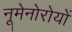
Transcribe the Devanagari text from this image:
नूमेनोरोयों